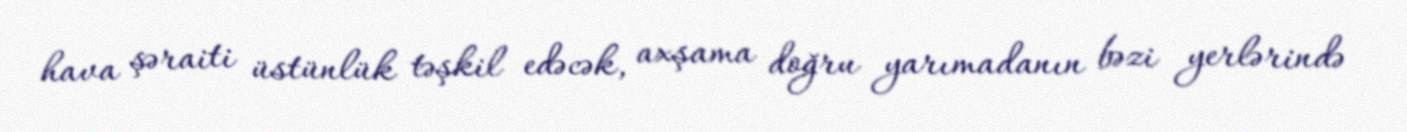
hava şəraiti üstünlük təşkil edəcək, axşama doğru yarımadanın bəzi yerlərində